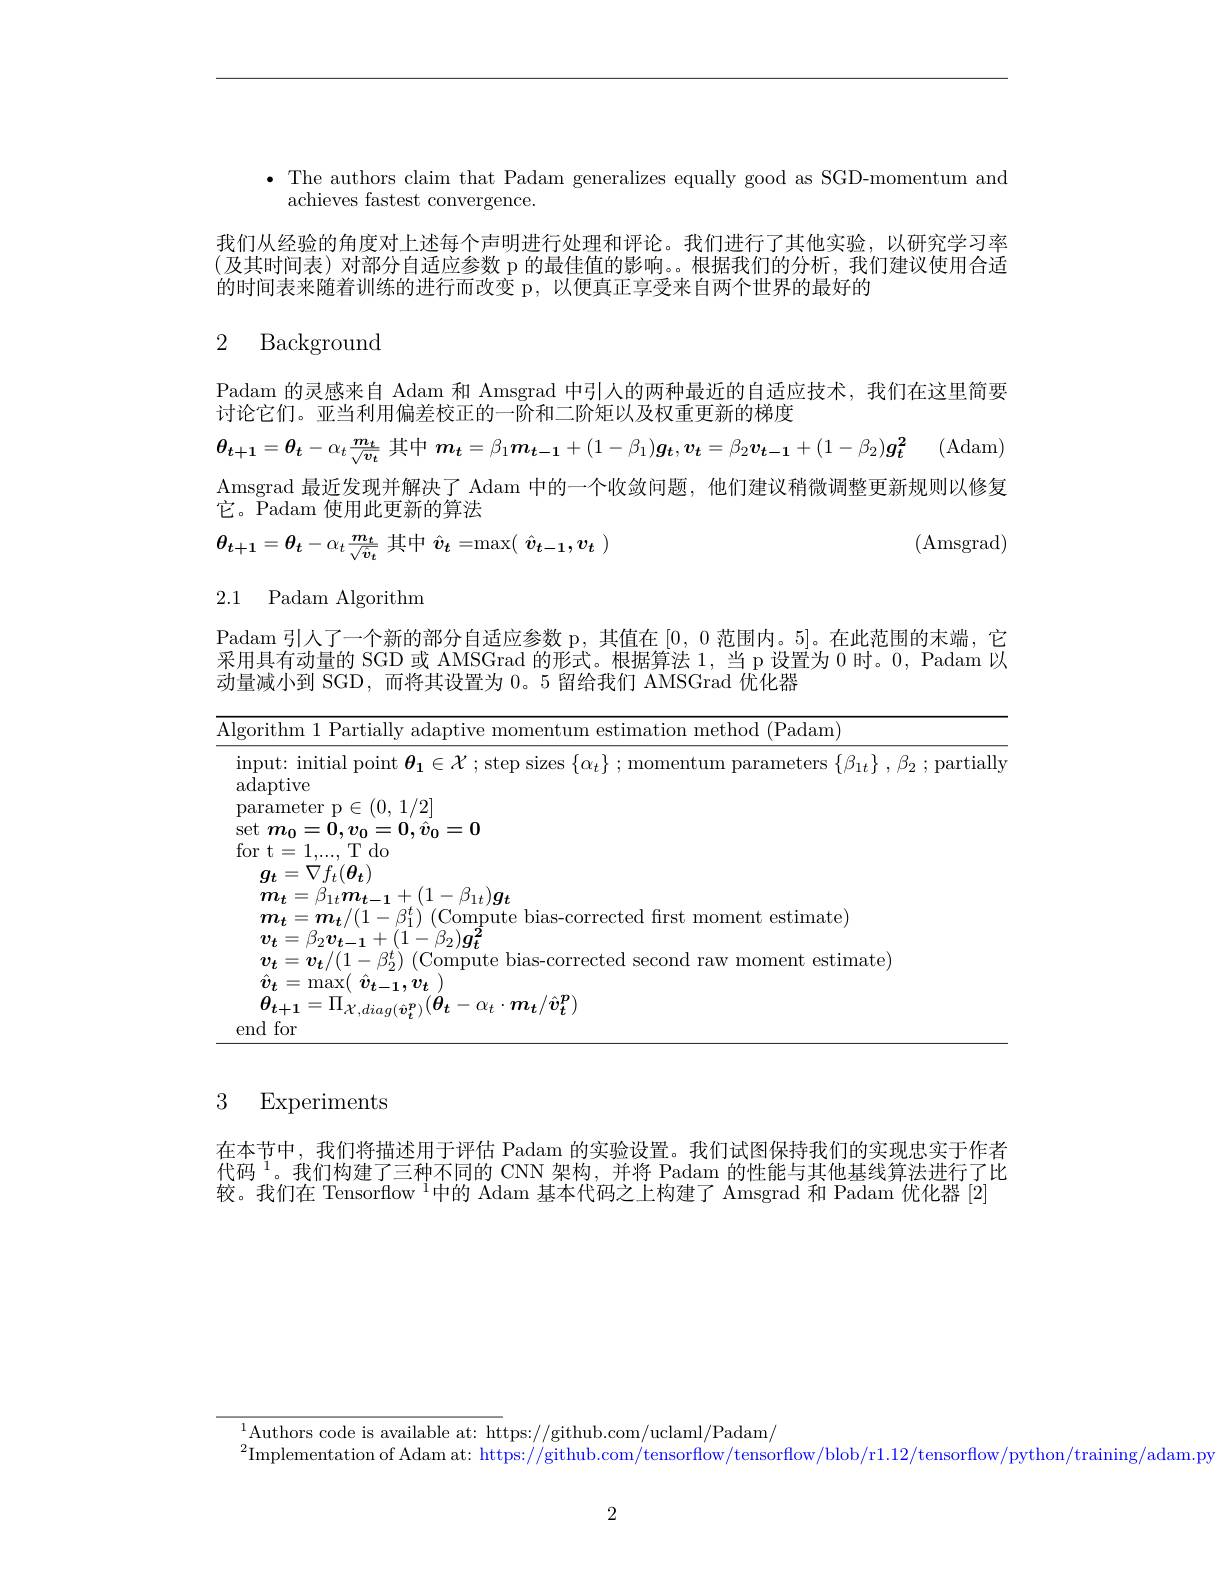
· The authors claim that Padam generalizes equally good as SGD-momentum and

achieves fastest convergence.
我们从经验的角度对上述每个声明进行处理和评论。我们进行了其他实验，以研究学习率(及其时间表)对部分自适应参数 p 的最佳值的影响。。根据我们的分析，我们建议使用合适的时间表来随着训练的进行而改变 p,以便真正享受来自两个世界的最好的
2 Background

Padam 的灵感来自 Adam 和 Amsgrad 中引人的两种最近的自适应技术，我们在这里简要
讨论它们。亚当利用偏差校正的一阶和二阶矩以及权重更新的梯度

$\theta_{t+1}=\theta_t-\alpha_t\frac{m_t}{\sqrt{v_t}}$其中$\boldsymbol{m}_t= \beta _1\boldsymbol{m}_{t- 1}+ ( 1- \beta _1) \boldsymbol{\underset t{g}}, \boldsymbol{\underset t{v}}= \beta _2\boldsymbol{\underset {t- 1}{v}}+ ( 1- \beta _2) \boldsymbol{\underset t\overset 2{g}}$ (Adam) Amsgrad 最近发现并解决了 Adam 中的一个收敛问题，他们建议稍微调整更新规则以修复它。${\mathrm{~}}{\mathrm{~Padam~}}$使用此更新的算法
(Amsgrad)
$$\theta_{t+1}=\theta_{t}-\alpha_{t}\frac{m_{t}}{\sqrt{\hat{v}_{t}}}\text{ 其中 }\hat{v}_{t}=\max(\:\hat{v}_{t-1},v_{t}\:)$$
<table>
	<tbody>
		<tr>
			<td>$P.$ $^{\prime}\mathbf{a}$ $\begin{array}{c}\text{采}\\\text{动}\end{array}$</td>
			<td>$\textbf{1引 人 了 一 个 新 的 部 分 自 适 应 参 数 p, 其 值 在 }| 0, 0$范围内。5|。在此范围的末端，它 有动量的 SGD 或 AMSGrad 的形式。根据算法 1, 当 p 设置为 0 时。0, Padam 以 小到 SGD, 而将其设置为0。5 留给我们 AMSGrad 优化器</td>
		</tr>
		<tr>
			<td>Al</td>
			<td>thm (Padam)</td>
		</tr>
	</tbody>
</table>

3 Experiments

在本节中，我们将描述用于评估 Padam 的实验设置。我们试图保持我们的实现忠实于作者代码$^{1}$。我们构建了三种不同的 CNN 架构，并将 Padam 的性能与其他基线算法进行了比较。我们在 Tensorflow $^1$中的 Adam 基本代码之上构建了 Amsgrad 和 Padam 优化器 [2]

$^{1}\underset{a}{\operatorname*{\mathrm{Authors~code~is~available~at:~https://github.com/uclaml/Padam/}}}$

$^{2}$Implementation of Adam at: https://github.com/tensorflow/tensorflow/blob/r1.12/tensorflow/python/training/adam.py

2